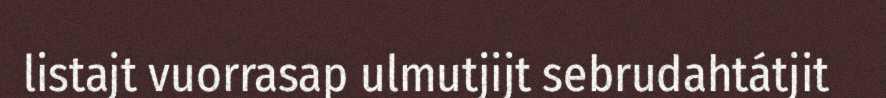
listajt vuorrasap ulmutjijt sebrudahtátjit